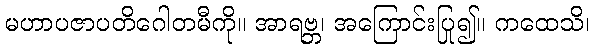
မဟာပဇာပတိဂေါတမီကို။ အာရဗ္ဘ၊ အကြောင်းပြု၍။ ကထေသိ၊